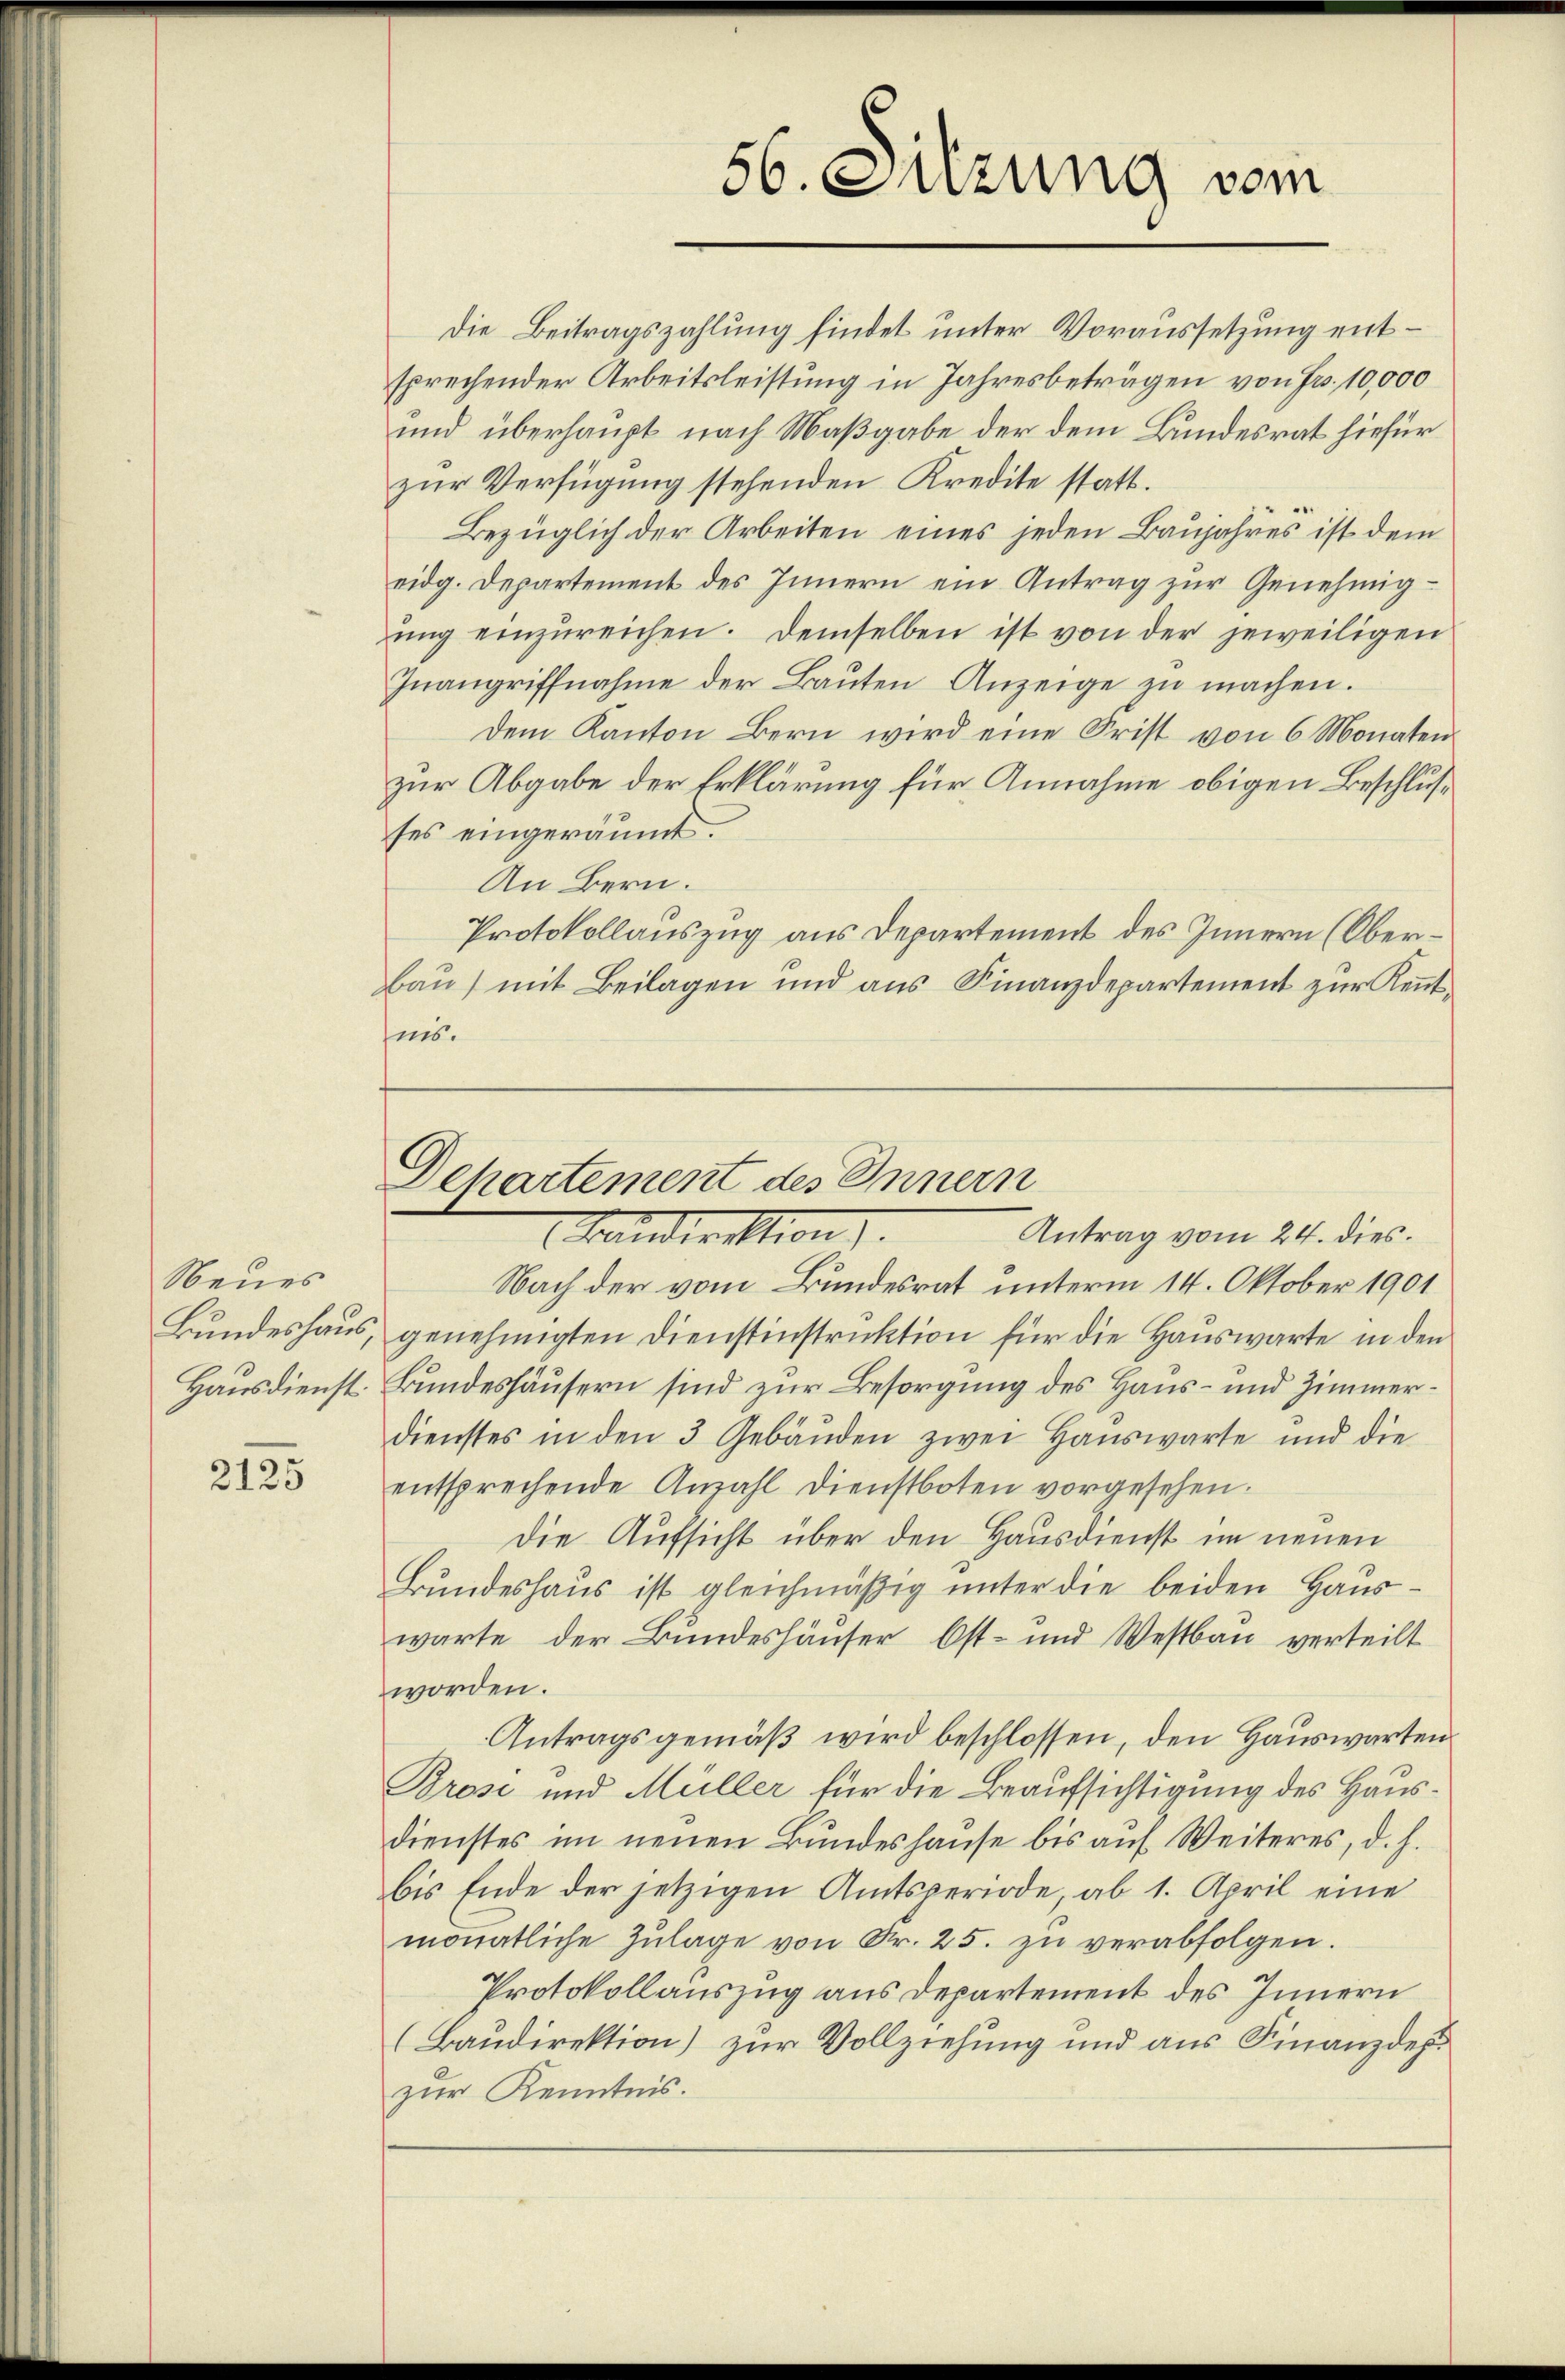
Neues

2125

Die Beitragszahlung findet unter Voraussetzung entsprechender Arbeitsleistung in Jahresbeträgen von Fr. 10,000
und überhaupt nach Maßgabe der dem Bundesrat hiefür
zur Verfügung stehenden Kredite statt.
Bezüglich der Arbeiten eines jeden Baujahres ist dem
eidg. Departement des Innern ein Antrag zur Genehmigŭng einzŭreichen. Demselben ist von der jeweiligen
Inangriffnahme der Baŭten Anzeige zŭ machen.
dem Kanton Bern wird eine Frist von 6 Monaten
zur Abgabe der Erklärung für Annahme obigen Beschlusses eingeräumt.
An Bern.
Protokollauszug aus Departement des Innern (Ober¬
Bau) mit Beilagen und aus Finanzdepartement zŭr Keṅt-
ins.

56. Setzung vom

Dchartement des Innern
Kandirektion).
Antrag vom 24. dies

Nach der vom Bundesrat unterm 14. Oktober 1901
Bundeshaus, genehmigten Dienstinstruktion für die Hauswarte in den
Hausdienst. Bundeshäusern sind zur Besorgung des Haus- und Zimmerdienstes in den 3 Gebäŭden zwei Hauswarte und die
entsprechende Anzahl Dienstboten vorgesehen.
Die Aufsicht über den Hausdienst im neuen
Bundeshaus ist gleichmäßig unter die beiden Hauswarte der Bundeshäuser Ost- und Westbau verteilt
worden.
Antragsgemäß wird beschlossen, den Hauswarten
Brosi und Müller für die Beaufsichtigung des Hausdienstes im neuen Bundeshause bis auf Weiteres, d. h.
bis Ende der jetzigen Amtsperiode, ab 1. April eine
monatliche Zŭlage von Fr. 25. zŭ verabfolgen.
Protokollauszug aus Departement des Innern
(Baudirektion) zur Vollziehung und aus Finanzdep
zur Kenntnis.